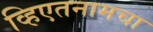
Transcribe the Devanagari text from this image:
व्हिएतनामचा